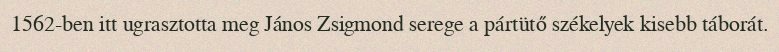
1562-ben itt ugrasztotta meg János Zsigmond serege a pártütő székelyek kisebb táborát.